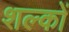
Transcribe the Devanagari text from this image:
शल्‍कों